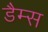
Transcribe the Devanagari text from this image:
डैम्स